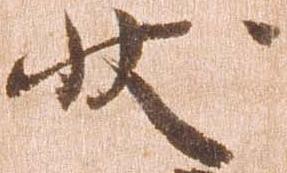
状